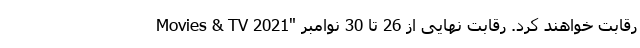
Movies & TV 2021" رقابت خواهند کرد. رقابت نهایی از 26 تا 30 نوامبر